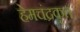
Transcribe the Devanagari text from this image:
हेमचंद्रकृत